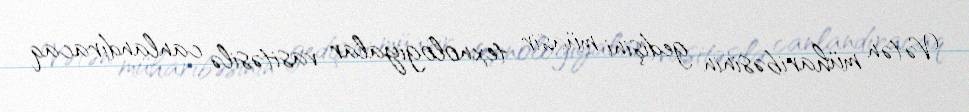
Vətən müharibəsinin gedişini müasir texnologiyalar vasitəsilə canlandıracaq